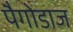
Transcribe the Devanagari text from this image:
पैगोडाज